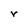
Character: r